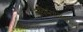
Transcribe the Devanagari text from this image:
भविष्यामधील